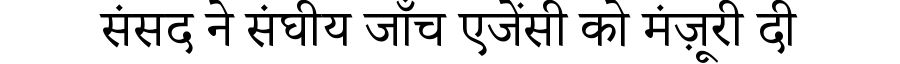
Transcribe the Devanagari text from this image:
संसद ने संघीय जाँच एजेंसी को मंज़ूरी दी